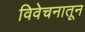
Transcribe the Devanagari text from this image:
विवेचनातून